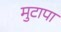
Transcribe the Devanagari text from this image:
मुटापा